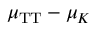
\mu _ { \mathrm { T T } } - \mu _ { K }